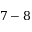
7 - 8